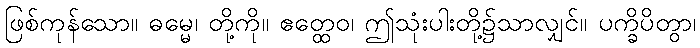
ဖြစ်ကုန်သော။ ဓမ္မေ၊ တို့ကို။ ဧတ္ထေဝ၊ ဤသုံးပါးတို့၌သာလျှင်။ ပက္ခိပိတွာ၊